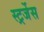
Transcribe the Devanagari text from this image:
स्ट्रर्जेस